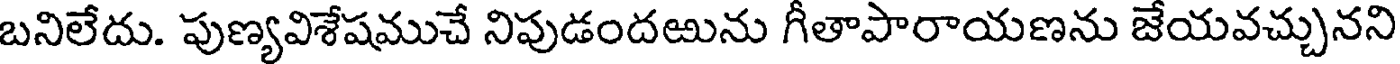
బనిలేదు. పుణ్యవిశేషముచే నిపుడందఱును గీతాపారాయణను జేయవచ్చునని